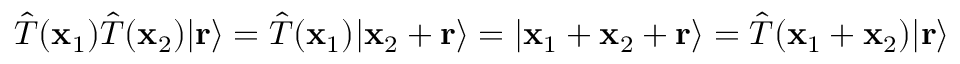
{ \hat { T } } ( \mathbf { x } _ { 1 } ) { \hat { T } } ( \mathbf { x } _ { 2 } ) | \mathbf { r } \rangle = { \hat { T } } ( \mathbf { x } _ { 1 } ) | \mathbf { x } _ { 2 } + \mathbf { r } \rangle = | \mathbf { x } _ { 1 } + \mathbf { x } _ { 2 } + \mathbf { r } \rangle = { \hat { T } } ( \mathbf { x } _ { 1 } + \mathbf { x } _ { 2 } ) | \mathbf { r } \rangle